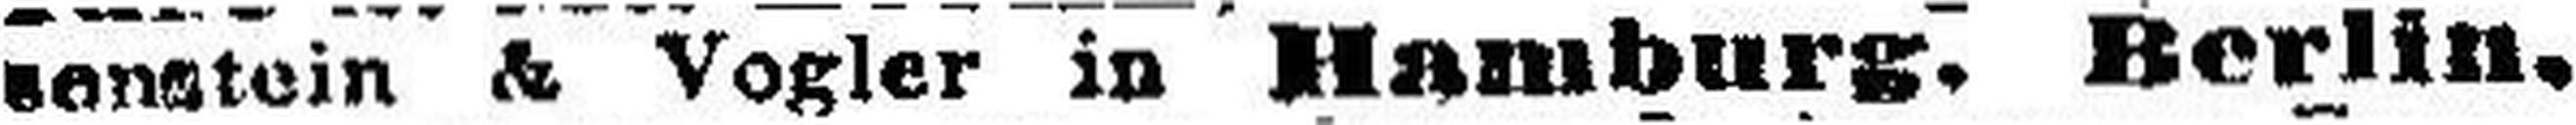
sonstein & Vogler in Hamburg. Berlin,